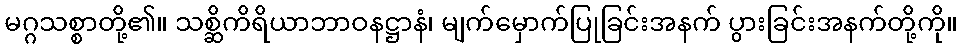
မဂ္ဂသစ္စာတို့၏။ သစ္ဆိကိရိယာဘာဝနဋ္ဌာနံ၊ မျက်မှောက်ပြုခြင်းအနက် ပွားခြင်းအနက်တို့ကို။